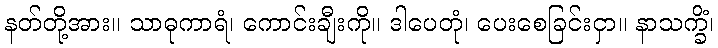
နတ်တို့အား။ သာဓုကာရံ၊ ကောင်းချီးကို။ ဒါပေတုံ၊ ပေးစေခြင်းငှာ။ နာသက္ခိံ၊